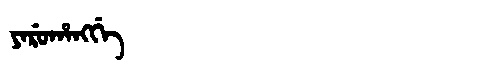
Manchu: ᠶᠠᡵᡠᡥᠠᠩᡤᡝ
Romanization: YARUHANGGE